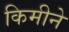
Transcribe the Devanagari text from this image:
किमीने